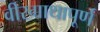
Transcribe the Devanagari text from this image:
वीरगाथापूर्ण